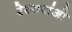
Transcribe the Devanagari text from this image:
रेस्तरांओ